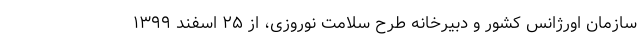
سازمان اورژانس کشور و دبیرخانه طرح سلامت نوروزی، از ۲۵ اسفند ۱۳۹۹